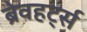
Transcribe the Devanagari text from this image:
ब्रेवहर्ट्स